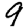
Digit: 9